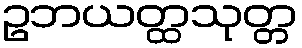
ဥဘယတ္ထသုတ္တ